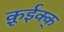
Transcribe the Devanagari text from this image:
क़ूईक्क्